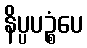
နိပ္ပပဉ္စံပေ